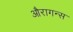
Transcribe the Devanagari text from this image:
औरागन्स